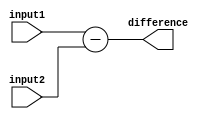
module behavioral_subtractor (
    input [7:0] input1,
    input [7:0] input2,
    output reg [7:0] difference
);

assign difference = input1 - input2;

endmodule